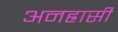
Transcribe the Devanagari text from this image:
अनह्रासी